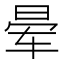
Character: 晕